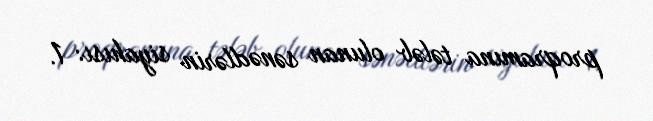
proqramına tələb olunan sənədlərin siyahısı: 1.